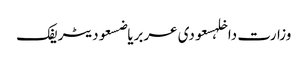
وزارت داخلہسعودی عربریاضسعودیٹریفک